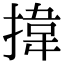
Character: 𢯷